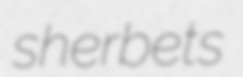
sherbets